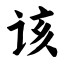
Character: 该